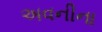
અવનીના